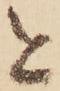
と